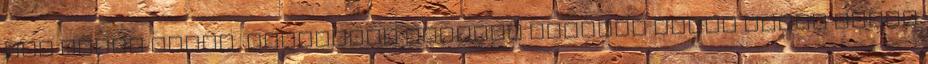
nem sokat érnek, fordított esetben viszont simán végig lehet